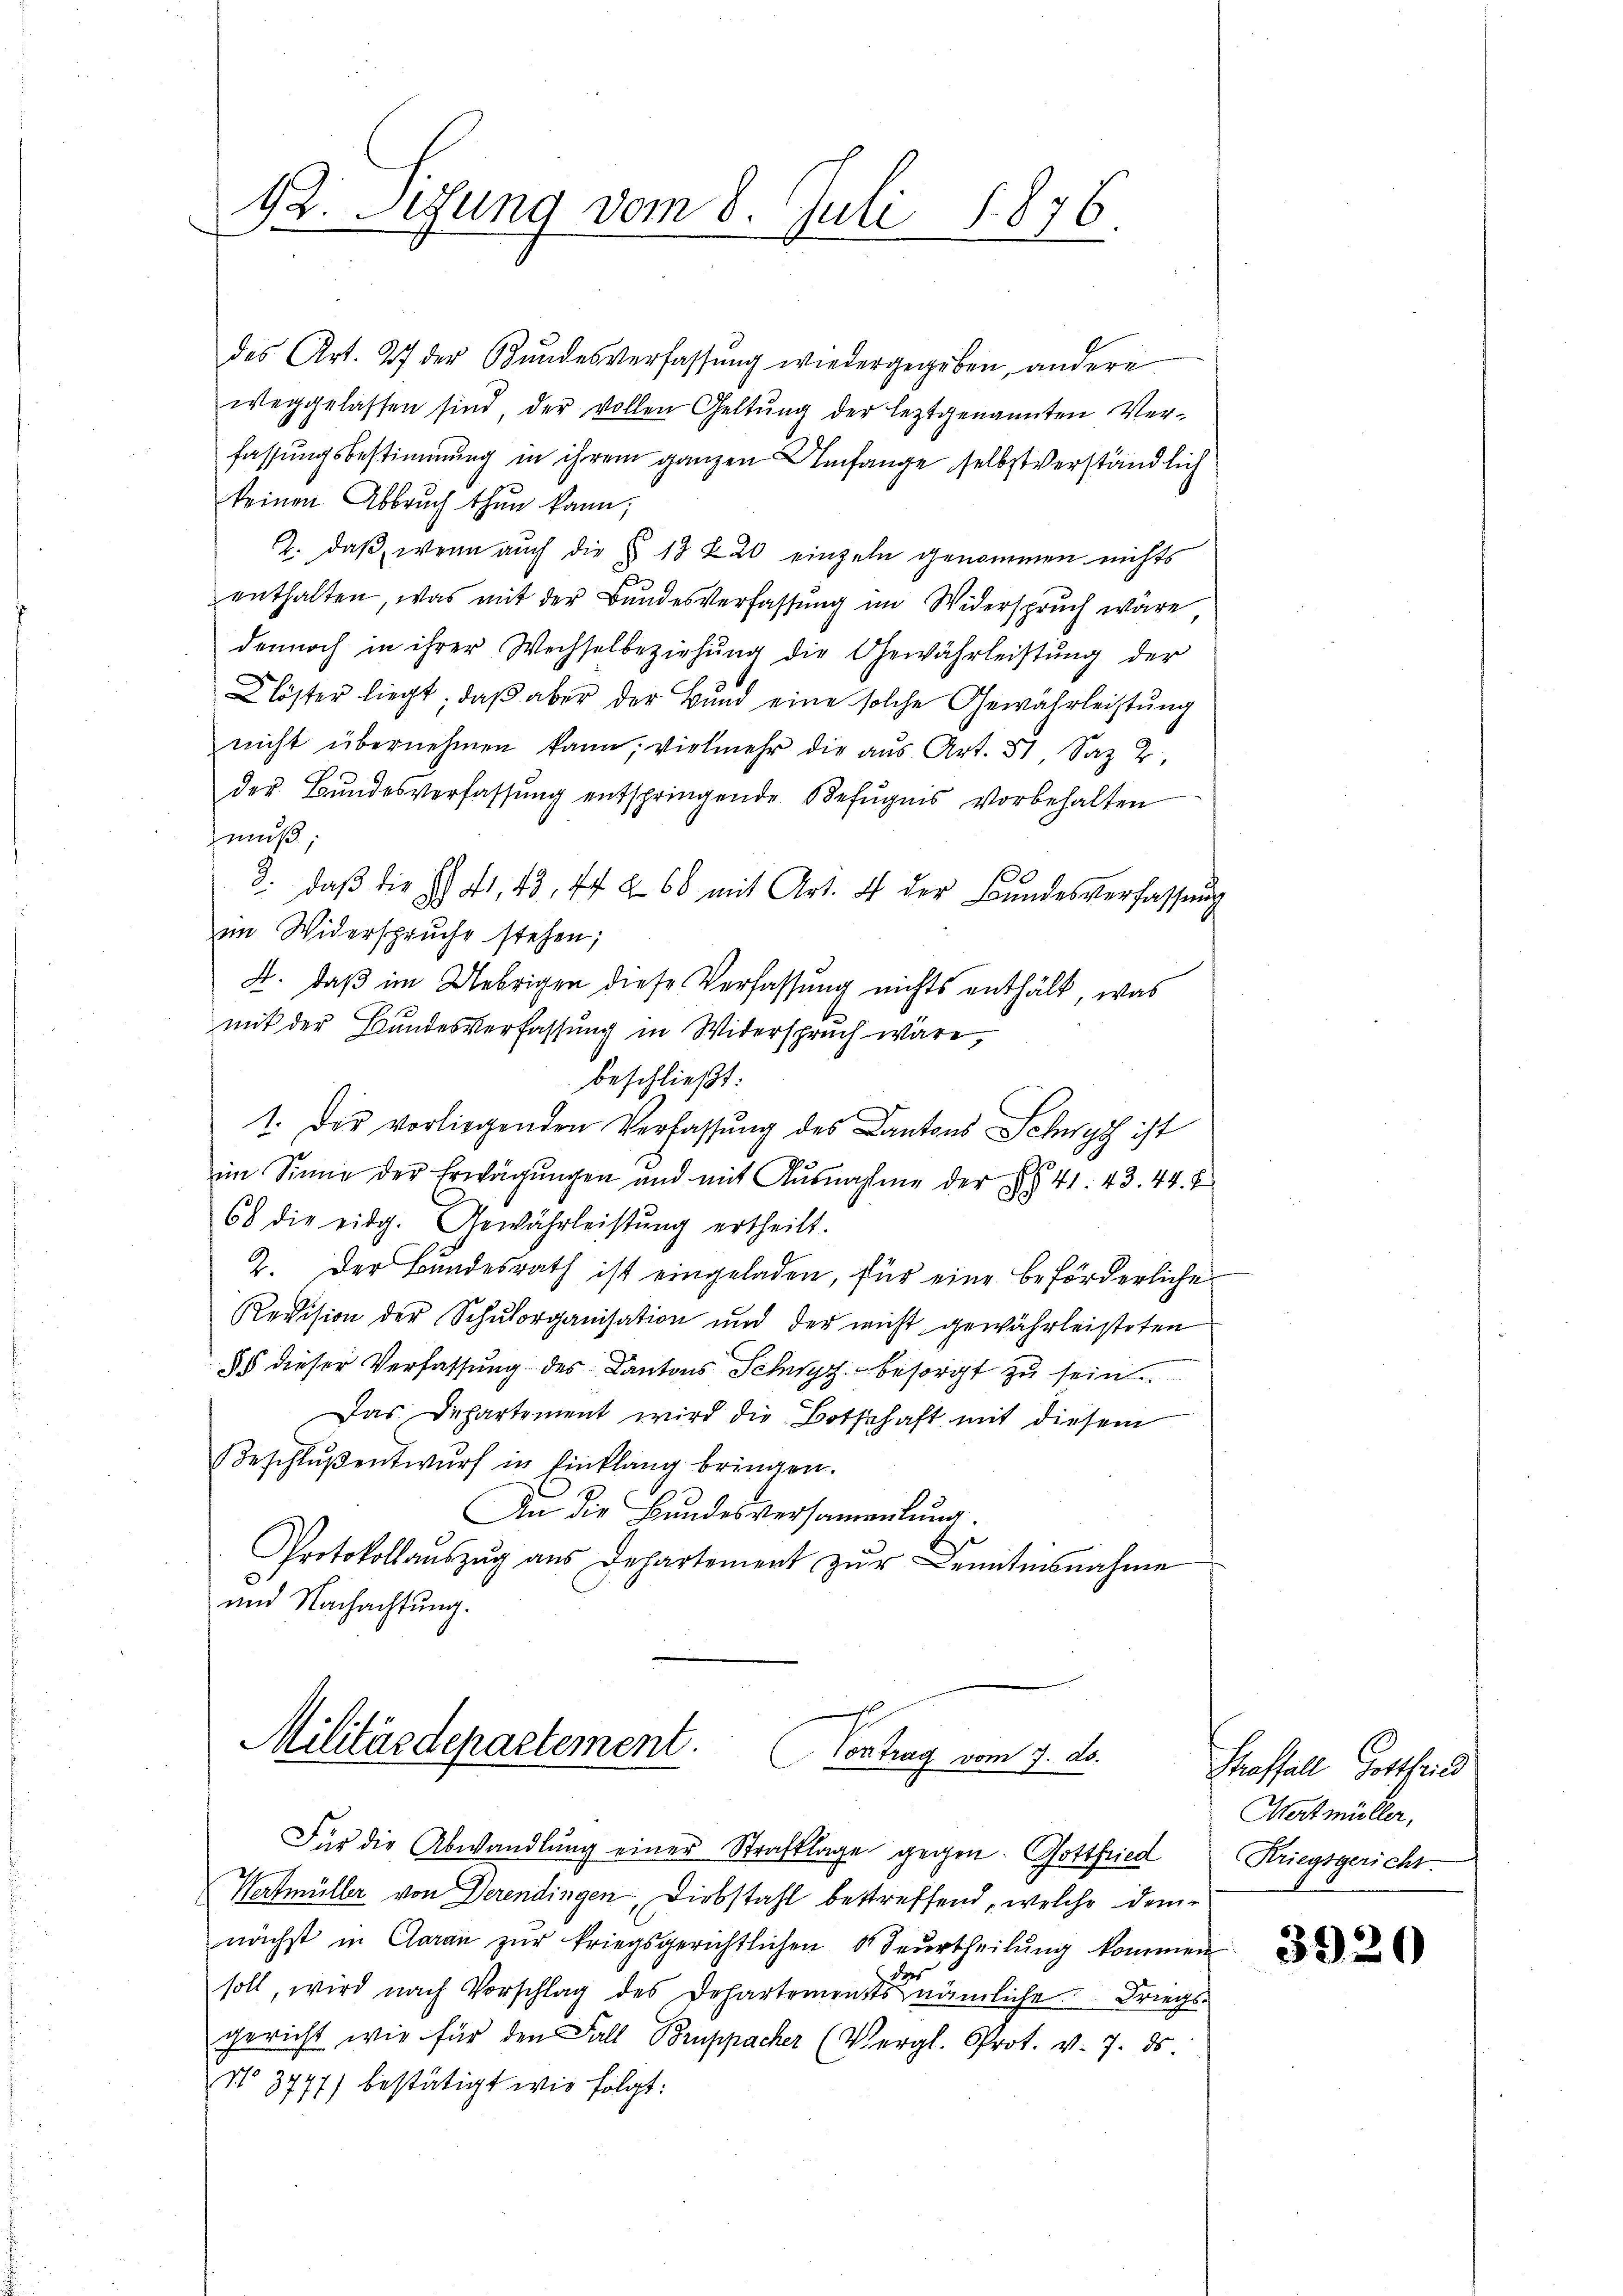
42. Setzung vom 8. Juli 1876.

des Art. 27 der Bundesverfassung wiedergegeben, andere
weggelassen sind der vollen Geltung der leztgenannten Ver-
fassungsbestimmung in ihrem ganzen Umfange selbstverständlich
keinen Abbruch thun kann;
2. daß, wenn auch die § 13 Z 20 einzeln genommen nichts
enthalten, was mit der Bundesverfassung im Widerspruch wäre
dennoch in ihrer Wechselbeziehŭng die Gewährleistŭng der
.
Klöster liegt, daß aber der Bund eine solche Gewährleistung
nicht übernehmen kann, vielmehr die aŭs Art. 51 Saz 2,
der Bundesverfassung entspringende Befugnis vorbehalten
muß
3. daβ die H. Fr. 43. 44 § 66 mit Art. 4 der Bundesverfassung
im Widerspruche stehen;
A. daß im Uebrigen diese Verfassung nichts enthält, was
mit der Bundesverfassung in Widerspruch wäre,
beschließt:
1. Der vorliegenden Verfassung des Cantons Schwyz ist
im Sinne der Erwägungen und mit Ausnahme der §§ 41. 43. 44. 7
68 die eidg. Gewährleistŭng ertheilt.
2. Der Bundesrath ist eingeladen, für eine beförderliche
Revision der Schulorganisation und der nicht gewährleisteten
85 dieser Verfassung des Kantons Schwyz besorgt zu sein.
Das Departement wird die Bothschaft mit diesem
Beschlŭβentwŭrf in Einklang bringen.
An die Bundesversammenkung.
Protokollaŭszŭg aŭs Departement zŭr Kenntnisnahme
und Nachachtung.

Militärdepartement. Contrag vom 7. ds.

Für die Abwandlŭng einer Strafklage gegen. Gottfried
Wartmüller von Derendingen, Diebstahl bestreffend, welche demnächst in Garan zŭr kriegsgerichtlichen 8 beŭrtheilŭng kommen
soll, wird nach Vorschlag des Departement nämliche Kriegsgericht wie für den Fall Bruppacher (Vergl. Prot. v. 7. ds.
No 3777) bestätigt wie folgt:

Straffall Gottheil
Wert müller,
Kriegsgericht.

3920